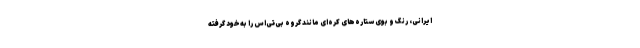
ایرانی، رنگ و بوی ستاره‌های کره‌ای مانند گروه بی‌تی‌اس را به‌خود گرفته